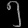
Digit: ၅